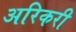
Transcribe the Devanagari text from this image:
अरिकरी